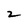
Character: 2